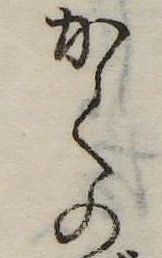
かくの